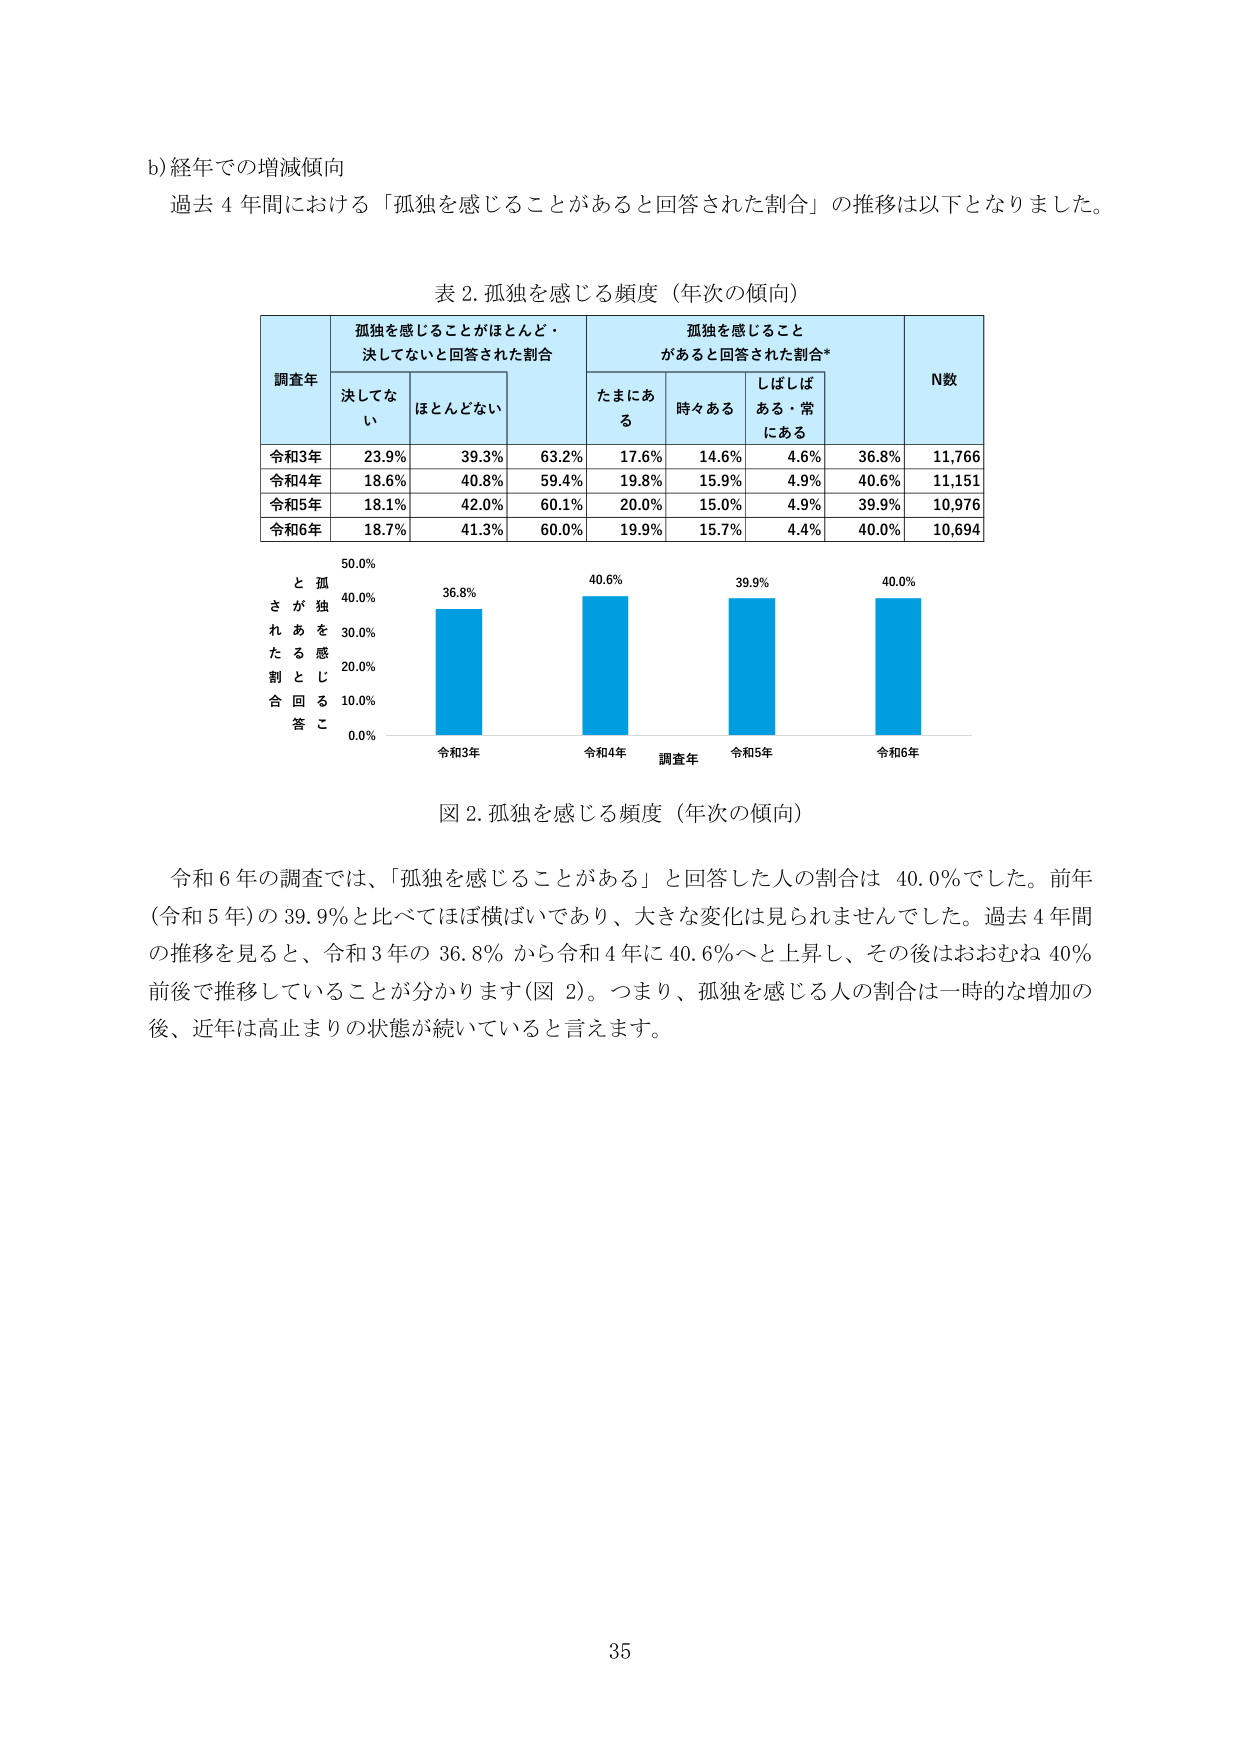
b) 経年での増減傾向
過去 4 年間における「孤独を感じることがあると回答された割合」の推移は以下となりました。

表 2. 孤独を感じる頻度（年次の傾向）

| 調査年 | 孤独を感じることがほとんど・決してないと回答された割合 | 孤独を感じることがあると回答された割合* | N数 |
|--------|--------------------------------------------------------|----------------------------------------|-----|
|        | 決してない | ほとんどない | たまにある | 時々ある | しばしばある・常にあら |        |
| 令和3年 | 23.9%      | 39.3%        | 17.6%      | 14.6%    | 4.6%                 | 36.8% | 11,766 |
| 令和4年 | 18.6%      | 40.8%        | 19.8%      | 15.9%    | 4.9%                 | 40.6% | 11,151 |
| 令和5年 | 18.1%      | 42.0%        | 20.0%      | 15.0%    | 4.9%                 | 39.9% | 10,976 |
| 令和6年 | 18.7%      | 41.3%        | 19.9%      | 15.7%    | 4.4%                 | 40.0% | 10,694 |

図 2. 孤独を感じる頻度（年次の傾向）

令和 6 年の調査では、「孤独を感じることがある」と回答した人の割合は 40.0% でした。前年（令和 5 年）の 39.9% と比べてほぼ横ばいであり、大きな変化は見られませんでした。過去 4 年間の推移を見ると、令和 3 年の 36.8% から令和 4 年に 40.6% へと上昇し、その後はおおむね 40% 前後で推移していることが分かります（図 2）。つまり、孤独を感じる人の割合は一時的な増加の後、近年は高止まりの状態が続いていると言えます。

35